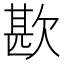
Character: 歁